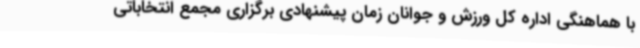
با هماهنگی اداره کل ورزش و جوانان زمان پیشنهادی برگزاری مجمع انتخاباتی